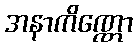
အနာကိဏ္ဏော